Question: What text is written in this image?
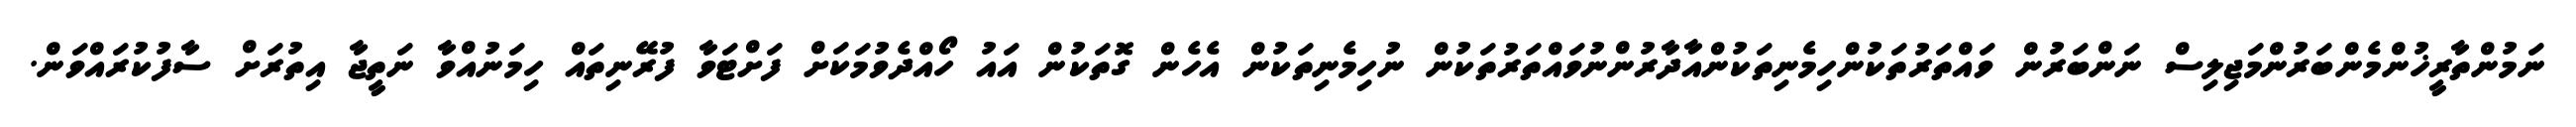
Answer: ނަމުންތާރީޚުންމެންބަރުންމަޖިލިސް ނަންބަރުން ވައްތަރުތަކުންހިމެނިތަކުންއާދާރުންނުވައްތަރުތަކުން ނުހިމެނިތަކުން އެހެން ގޮތަކުން އައު ހޯއްދެވުމަކަށް ފަށްޓަވާ ފުރޭނިތައް ހިމަނުއްވާ ނަތީޖާ އިތުރަށް ސާފުކުރައްވަން.